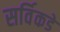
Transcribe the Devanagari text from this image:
सर्विकडे